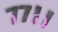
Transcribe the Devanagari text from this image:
७७।।